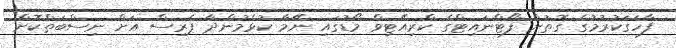
ފާހަގަކުރުމުގެ ގޮތުން ފޯޓްނައިޓްގެ ކްރިއޭޓިވް މޯޑުގައި ނޭމާ ކުޅެމުންދާ ޕެރިސް އަށް ނިސްބަތްކޮށް